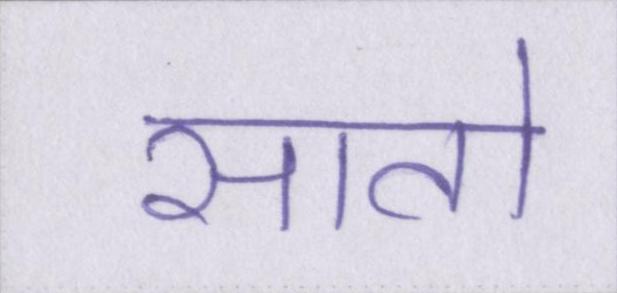
सातो